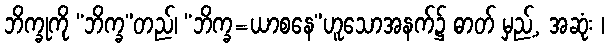
ဘိက္ခုကို “ဘိက္ခ”တည်၊ “ဘိက္ခ=ယာစနေ”ဟူသောအနက်၌ ဓာတ် မှည့်, အဆုံး ၊